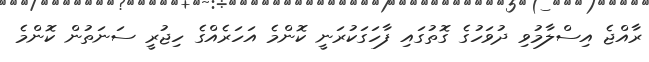
ރާއްޖެ އިސްލާމުވި ދުވަހުގެ ގޮތުގައި ފާހަގަކުރަނީ ކޮންމެ އަހަރެއްގެ ހިޖުރީ ސަނަތުން ކޮންމެ